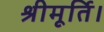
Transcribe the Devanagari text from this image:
श्रीमूर्ति।